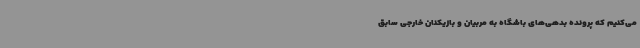
می‌کنیم که پرونده‌ بدهی‌های باشگاه به مربیان و بازیکنان خارجی سابق